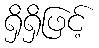
ရှိရှိဖြင့်